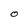
Character: O